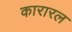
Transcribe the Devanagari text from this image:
कारारल